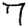
Digit: 7